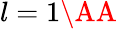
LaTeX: l=1\AA